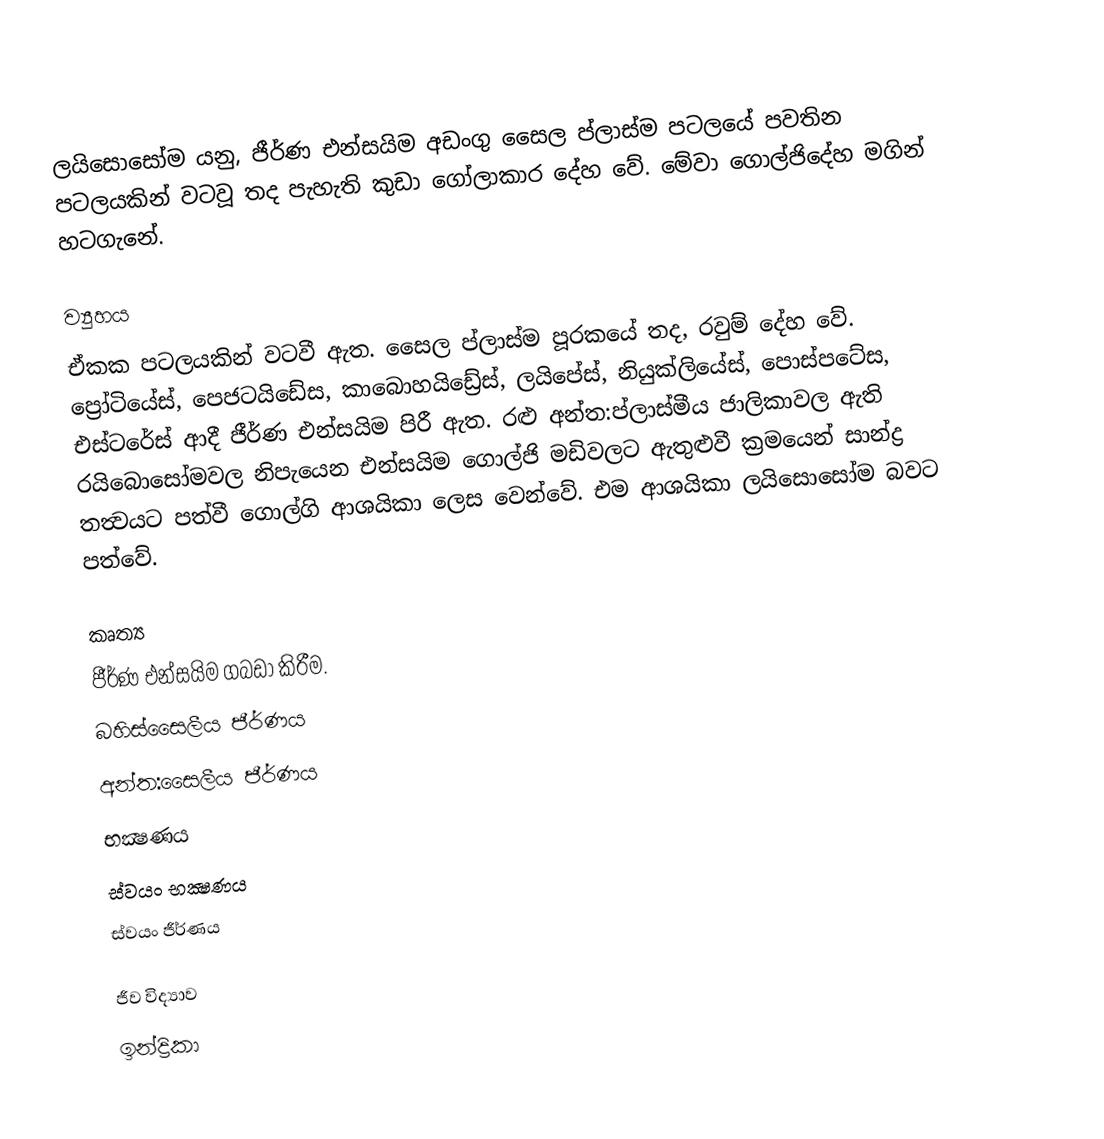
ලයිසොසෝම යනු, ජීර්ණ එන්සයිම අඩංගු සෛල ප්ලාස්ම පටලයේ පවතින පටලයකින් වටවූ තද පැහැති කුඩා ගෝලාකාර දේහ වේ. මේවා ගොල්ජිදේහ මගින් හටගැනේ.

ව්‍යුහය
ඒකක පටලයකින් වටවී ඇත. සෛල ප්ලාස්ම පූරකයේ තද, රවුම් දේහ වේ. ප්‍රෝටියේස්, පෙජටයිඩේස, කාබොහයිඩ්‍රේස්, ලයිපේස්, නියුක්ලියේස්, පොස්පටේස, එස්ටරේස් ආදී ජීර්ණ එන්සයිම පිරී ඇත. රළු අන්ත:ප්ලාස්මීය ජාලිකාවල ඇති රයිබොසෝමවල නිපැයෙන එන්සයිම ගොල්ජි මඩිවලට ඇතුළුවී ක්‍රමයෙන් සාන්ද්‍ර තත්‍වයට පත්වී ගොල්ගි ආශයිකා ලෙස වෙන්වේ. එම ආශයිකා ලයිසොසෝම බවට පත්වේ.

කෘත්‍ය
 ජීර්ණ එන්සයිම ගබඩා කිරීම.
 බහිස්සෛලීය ජීර්ණය
 අන්ත:සෛලීය ජීර්ණය
 භක්‍ෂණය
 ස්වයං භක්‍ෂණය
 ස්වයං ජීර්ණය

ජීව විද්‍යාව
ඉන්ද්‍රිකා